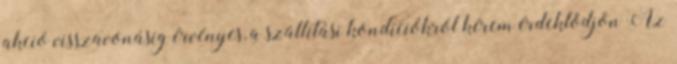
akció visszavonásig érvényes, a szállítási kondíciókról kérem érdeklődjön Az